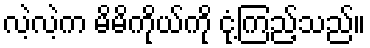
လဲ့လဲ့က မိမိကိုယ်ကို ငုံ့ကြည့်သည်။